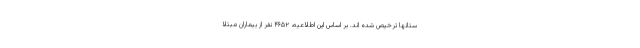
ستانها ترخیص شده اند. بر اساس این اطلاعیه، ۴۶۵۲ نفر از بیماران مبتلا